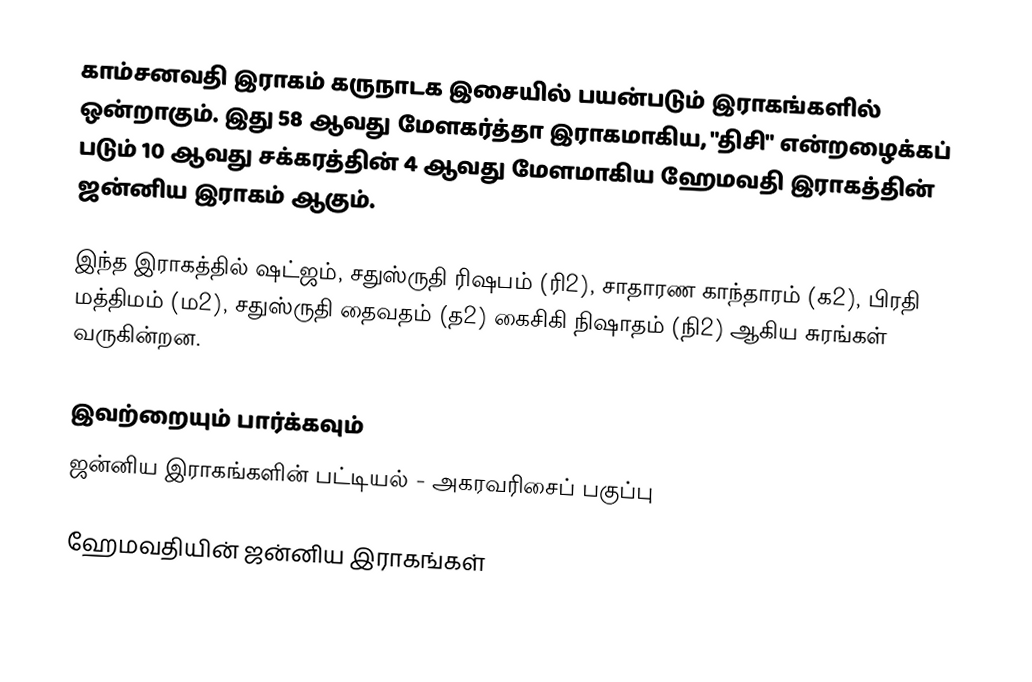
காம்சனவதி இராகம் கருநாடக இசையில் பயன்படும் இராகங்களில் ஒன்றாகும். இது 58 ஆவது மேளகர்த்தா இராகமாகிய, "திசி" என்றழைக்கப் படும் 10 ஆவது சக்கரத்தின் 4 ஆவது மேளமாகிய ஹேமவதி இராகத்தின் ஜன்னிய இராகம் ஆகும்.

இந்த இராகத்தில் ஷட்ஜம், சதுஸ்ருதி ரிஷபம் (ரி2),  சாதாரண காந்தாரம் (க2), பிரதி மத்திமம் (ம2), சதுஸ்ருதி தைவதம் (த2) கைசிகி நிஷாதம்  (நி2) ஆகிய சுரங்கள் வருகின்றன.

இவற்றையும் பார்க்கவும்
 ஜன்னிய இராகங்களின் பட்டியல் - அகரவரிசைப் பகுப்பு

ஹேமவதியின் ஜன்னிய இராகங்கள்